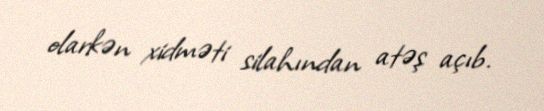
olarkən xidməti silahından atəş açıb.